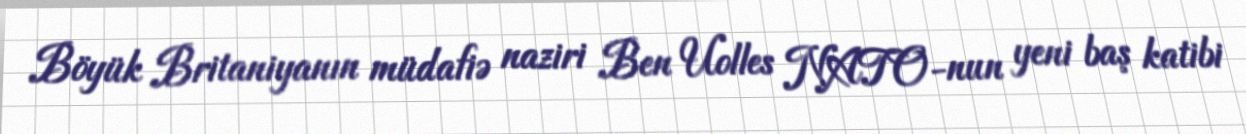
Böyük Britaniyanın müdafiə naziri Ben Uolles NATO-nun yeni baş katibi